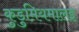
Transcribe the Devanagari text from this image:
कुडुमियमालइ